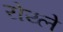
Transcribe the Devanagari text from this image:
रोय्ले